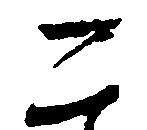
こ